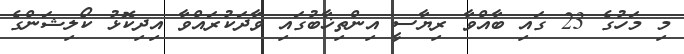
މި މަހުގެ 23 ގައި ބާއްވާ ރިޔާސީ އިންތިޚާބުގައި ވާދަކުރައްވާ އިިދިކޮޅު ކޯލިޝަންގެ